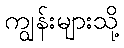
ကျွန်းများသို့